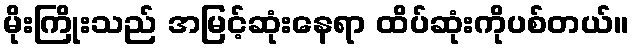
မိုးကြိုးသည် အမြင့်ဆုံးနေရာ ထိပ်ဆုံးကိုပစ်တယ်။